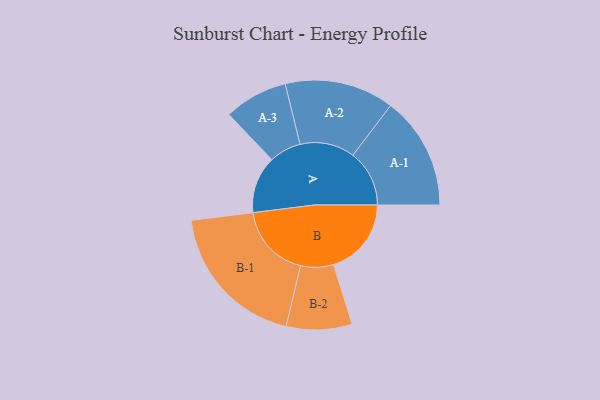
{"axis": {"x": "Segment", "y": "Value"}, "legend": ["", "A", "B"], "data": [{"x": "A", "y": 223, "type": ""}, {"x": "B", "y": 303, "type": ""}, {"x": "A-1", "y": 220, "type": "A"}, {"x": "A-2", "y": 213, "type": "A"}, {"x": "A-3", "y": 124, "type": "A"}, {"x": "B-1", "y": 290, "type": "B"}, {"x": "B-2", "y": 128, "type": "B"}]}